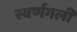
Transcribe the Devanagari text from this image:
स्वर्णगली